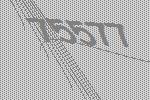
75577